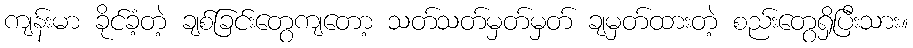
ကျန်းမာ ခိုင်ခံ့တဲ့ ချစ်ခြင်းတွေကျတော့ သတ်သတ်မှတ်မှတ် ချမှတ်ထားတဲ့ စည်းတွေရှိပြီးသား။